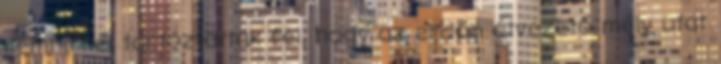
rémhírrel tartóztatták fel, hogy az erdőn átvezető mély utat